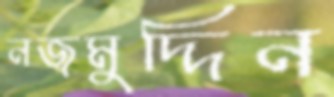
নজমুদ্দিন